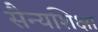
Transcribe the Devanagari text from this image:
सैन्यशिक्षा